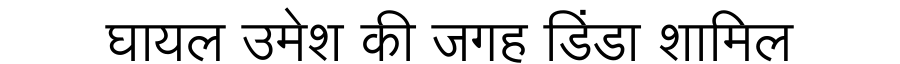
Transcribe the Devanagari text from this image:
घायल उमेश की जगह डिंडा शामिल